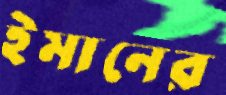
ইমানের